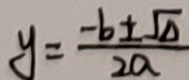
y = \frac { - b \pm \sqrt { \Delta } } { 2 a }